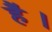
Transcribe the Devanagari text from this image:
है॑।